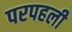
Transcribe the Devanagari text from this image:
परपहली